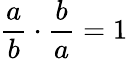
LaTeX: \frac{a}{b}\cdot\frac{b}{a}=1